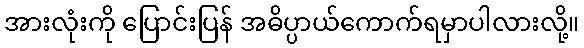
အားလုံးကို ပြောင်းပြန် အဓိပ္ပာယ်ကောက်ရမှာပါလားလို့။